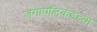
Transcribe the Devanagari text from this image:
जगापलिकडच्या